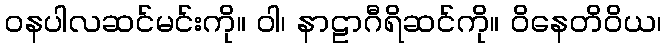
ဝနပါလဆင်မင်းကို။ ဝါ၊ နာဠာဂီရိဆင်ကို။ ဝိနေတိဝိယ၊